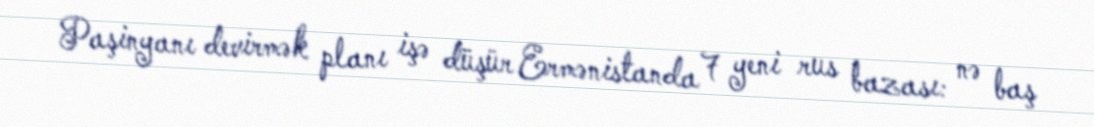
Paşinyanı devirmək planı işə düşür Ermənistanda 7 yeni rus bazası: nə baş